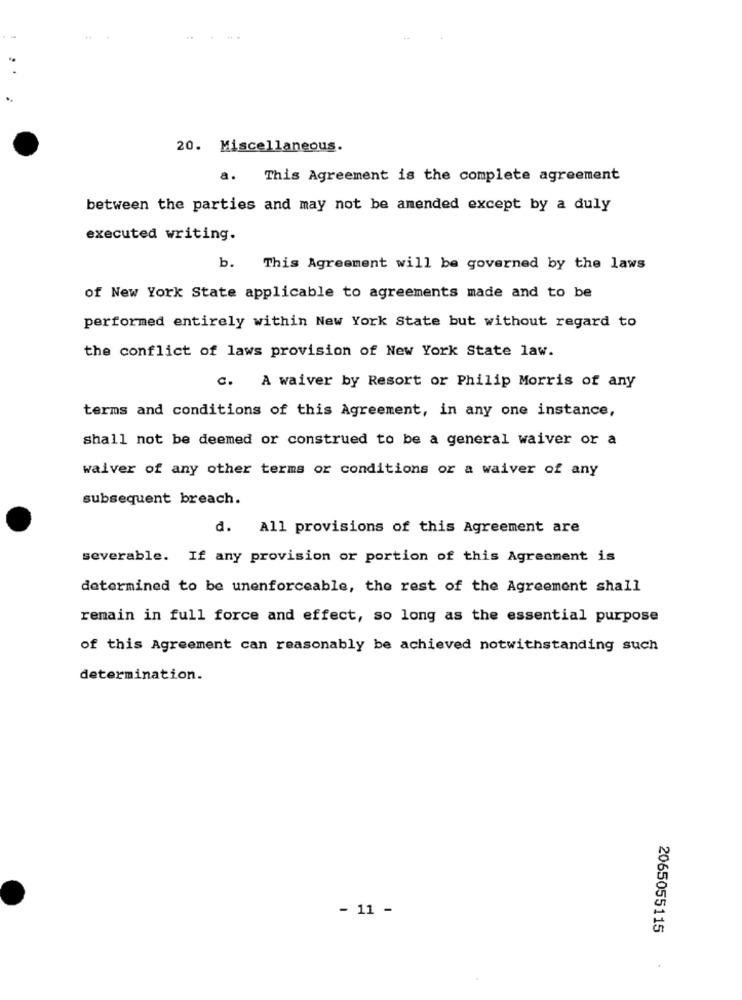
20. Miscellaneous.
a. This Agreement is the complete agreement
between the parties and may not be amended except by a duly
executed writing.
b. This Agreement will be governed by the laws
of New York State applicable to agreements made and to be
performed entirely within New York State but without regard to
the conflict of laws provision of New York State law.
C. A waiver by Resort or Philip Morris of any
terms and conditions of this Agreement, in any one instance,
shall not be deemed or construed to be a general waiver or a
waiver of any other terms or conditions or a waiver of any
subsequent breach.
d. All provisions of this Agreement are
severable. If any provision or portion of this Agreement is
determined to be unenforceable, the rest of the Agreement shall
remain in full force and effect, so long as the essential purpose
of this Agreement can reasonably be achieved notwithstanding such
determination.
- 11 -
2065055115